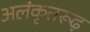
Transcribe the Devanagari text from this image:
अलंकृतरूढ़